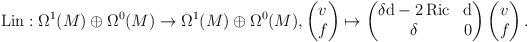
LaTeX: \begin{align*}\operatorname{Lin}:\Omega^1(M)\oplus\Omega^0(M)\to\Omega^1(M)\oplus\Omega^0(M),\begin{pmatrix}v\\f\end{pmatrix}\mapsto\begin{pmatrix}\delta\mathrm{d}-2\,\mathrm{Ric}&\mathrm{d}\\\delta&0\end{pmatrix}\begin{pmatrix}v\\f\end{pmatrix}.\end{align*}